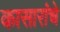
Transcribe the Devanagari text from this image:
कासारांचे